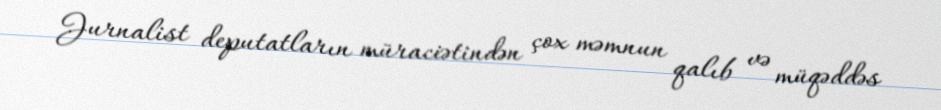
Jurnalist deputatların müraciətindən çox məmnun qalıb və müqəddəs